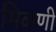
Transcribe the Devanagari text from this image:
मिळणी